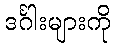
ဒင်္ဂါးများကို